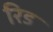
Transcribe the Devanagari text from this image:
रिड